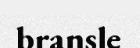
bransle